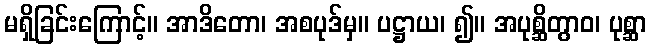
မရှိခြင်းကြောင့်။ အာဒိတော၊ အစပုဒ်မှ။ ပဋ္ဌာယ၊ ၍။ အပုစ္ဆိတွာဝ၊ ပုစ္ဆာ